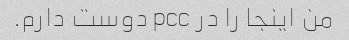
من اینجا را در pcc دوست دارم.